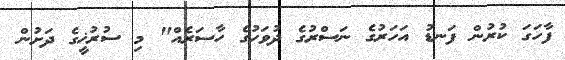
ފާހަގަ ކުރުން ފަނޑު އަހަރުގެ ނަސްރުގެ ދުވަހުގެ ހާސަރެއް" މި ސުރުޚީގެ ދަށުން